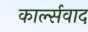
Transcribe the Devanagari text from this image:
कार्ल्सवाद